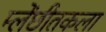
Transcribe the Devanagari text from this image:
म्लेंछीतकला